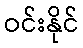
ဝင်းနိုင်